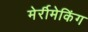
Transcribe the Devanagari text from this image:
मेर्रीमेकिंग